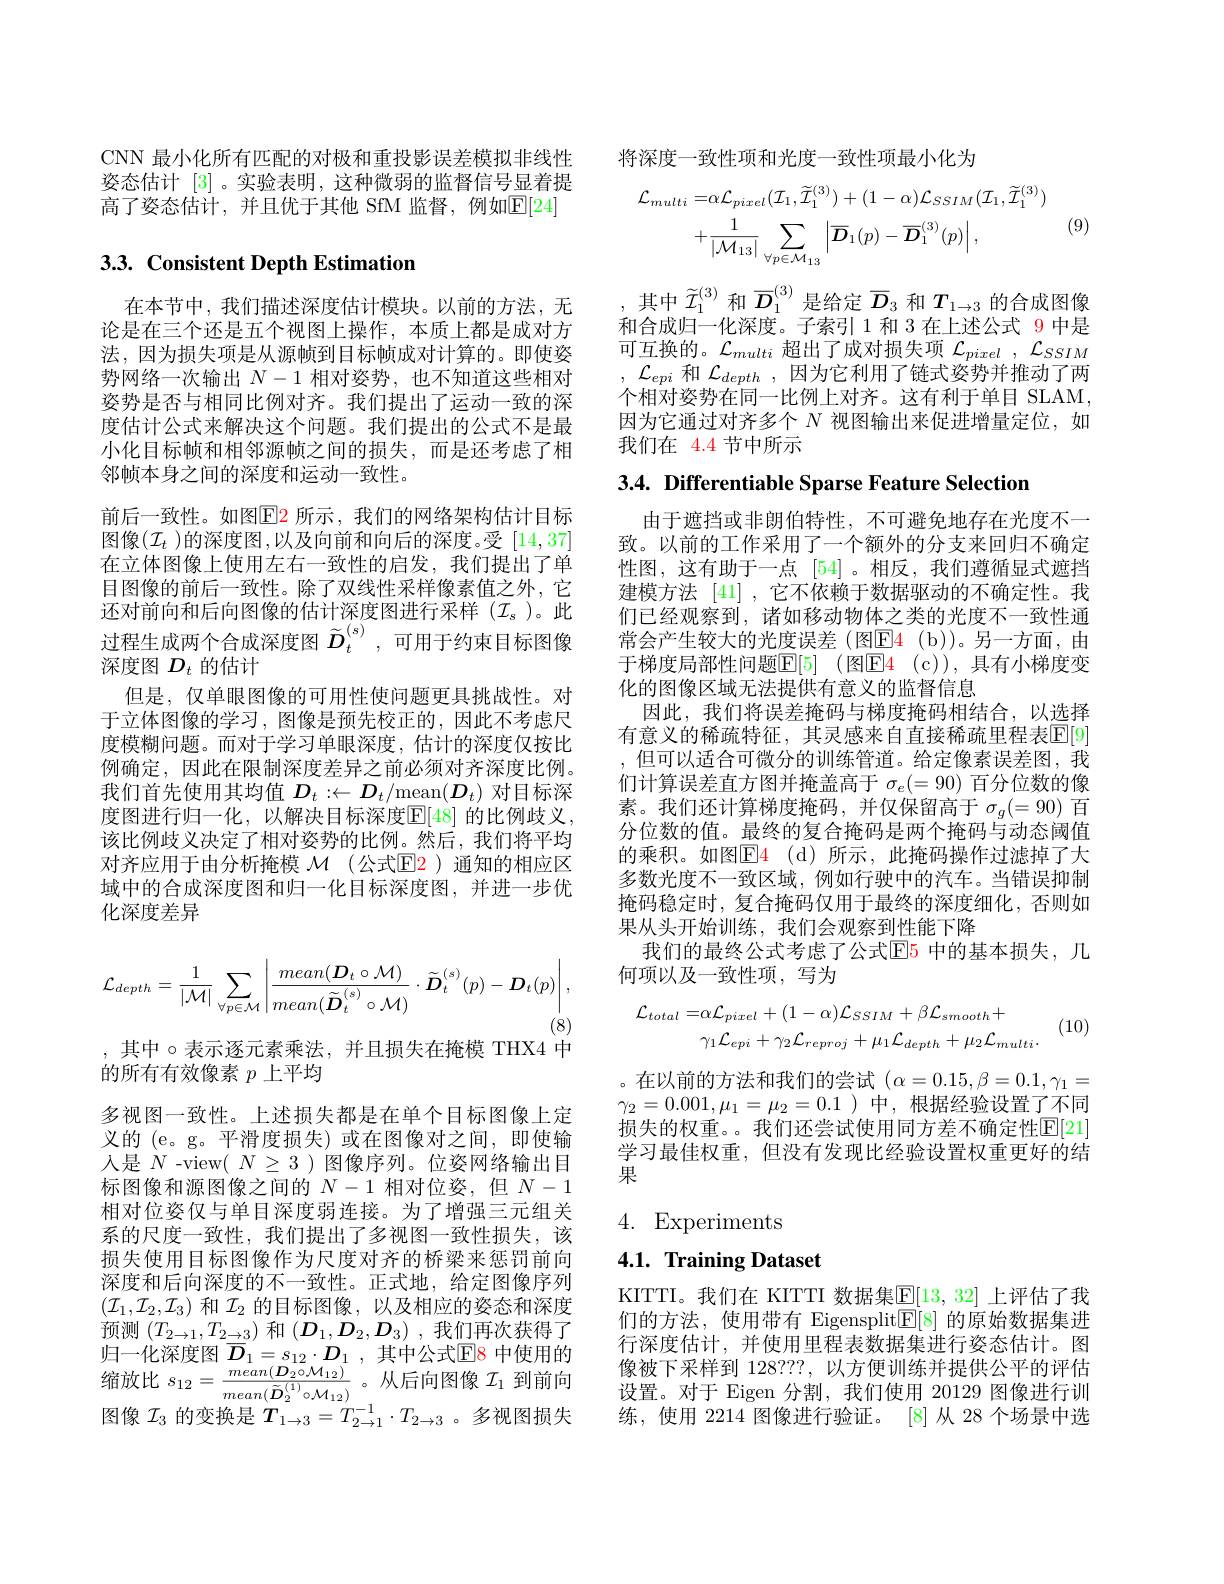
CNN 最小化所有匹配的对极和重投影误差模拟非线性姿态估计[3] 。实验表明，这种微弱的监督信号显着提高了姿态估计，并且优于其他 SfM 监督，例如$\mathbb{E}[24]$

## 3.3. Consistent Depth Estimation

在本节中，我们描述深度估计模块。以前的方法，无论是在三个还是五个视图上操作，本质上都是成对方法，因为损失项是从源帧到目标帧成对计算的。即使姿势网络一次输出$N-1$相对姿势，也不知道这些相对姿势是否与相同比例对齐。我们提出了运动一致的深度估计公式来解决这个问题。我们提出的公式不是最小化目标帧和相邻源帧之间的损失，而是还考虑了相邻帧本身之间的深度和运动一致性。
前后一致性。如图$\color{red}{\mathrm{E2}}$ 所示，我们的网络架构估计目标图像$(\mathcal{I}_t$ )的深度图 ,以及向前和向后的深度。受 [14,37] 在立体图像上使用左右一致性的启发，我们提出了单目图像的前后一致性。除了双线性采样像素值之外，它还对前向和后向图像的估计深度图进行采样($\mathcal{I}_s$)。此过程生成两个合成深度图$\tilde{D}_t^{(s)}$,可用于约束目标图像深度图$D_t$的估计
但是，仅单眼图像的可用性使问题更具挑战性。对于立体图像的学习，图像是预先校正的，因此不考虑尺度模糊问题。而对于学习单眼深度，估计的深度仅按比例确定，因此在限制深度差异之前必须对齐深度比例。我们首先使用其均值$D_t:\leftarrow D_t/$mean$(D_t)$对目标深度图进行归一化，以解决目标深度$\mathbb{E}[48]$ 的比例歧义， 该比例歧义决定了相对姿势的比例。然后，我们将平均对齐应用于由分析掩模 $\mathcal{M}$ (公式$\mathbb{E}\color{red}{2}$ )通知的相应区域中的合成深度图和归一化目标深度图，并进一步优化深度差异
$$\mathcal{L}_{depth}=\frac{1}{|\mathcal{M}|}\sum_{\forall p\in\mathcal{M}}\left|\frac{mean(\boldsymbol{D}_{t}\circ\mathcal{M})}{mean(\tilde{\boldsymbol{D}}_{t}^{(s)}\circ\mathcal{M})}\cdot\widetilde{\boldsymbol{D}}_{t}^{(s)}(p)-\boldsymbol{D}_{t}(p)\right|,$$
(8)

, 其中$\circ$表示逐元素乘法，并且损失在掩模 THX4 中
的所有有效像素$p$上平均
多视图一致性。上述损失都是在单个目标图像上定义的 (e。g。平滑度损失)或在图像对之间，即使输人是$N$ -view( $N\geq3$ )图像序列。位姿网络输出目标图像和源图像之间的$N-1$相对位姿，但$N-1$ 相对位姿仅与单目深度弱连接。为了增强三元组关系的尺度一致性，我们提出了多视图一致性损失，该损失使用目标图像作为尺度对齐的桥梁来惩罚前向深度和后向深度的不一致性。正式地，给定图像序列$(\mathcal{I}_{1},\mathcal{I}_{2},\mathcal{I}_{3})$和$\mathcal{I}_{2}$的目标图像，以及相应的姿态和深度预测$(T_{2\to1},T_{2\to3})$和$(D_1,D_2,D_3)$ ,我们再次获得了归一化深度图 $\overline{D}_1=s_{12}\cdot D_1$, 其中公式$\mathbb{E}$8 中使用的${\text{缩放比 }s_{12}}=\frac{mean(\boldsymbol{D}_{2}\circ\mathcal{M}_{12})}{mean(\tilde{\boldsymbol{D}}_{2}^{(1)}\circ\mathcal{M}_{12})}$。从后向图像$\mathcal{I}_1$到前向图像$\mathcal{I}_3$的变换是$T_{1\to3}=T_{2\to1}^{-1}\cdot T_{2\to3}$ 。多视图损失

将深度一致性项和光度一致性项最小化为
$$\begin{aligned}\mathcal{L}_{multi}=&\alpha\mathcal{L}_{pixel}(\mathcal{I}_{1},\widetilde{\mathcal{I}}_{1}^{(3)})+(1-\alpha)\mathcal{L}_{SSIM}(\mathcal{I}_{1},\widetilde{\mathcal{I}}_{1}^{(3)})\\&+\frac{1}{|\mathcal{M}_{13}|}\sum_{\forall p\in\mathcal{M}_{13}}\left|\overline{\boldsymbol{D}}_{1}(p)-\overline{\boldsymbol{D}}_{1}^{(3)}(p)\right|,\end{aligned}$$
(9)

,其中$\widetilde{\mathcal{I}}_1^{(3)}$ 和$\overline{D}_1^{(3)}$是给定$\overline{D}_3$ 和 $T_1\to3$ 的合成图像和合成归一化深度。子索引 1 和 3 在上述公式 9 中是可互换的。$\mathcal{L}_multi$超出了成对损失项$\mathcal{L}_pixel,\mathcal{L}_{SSIM}$ , $\mathcal{L} _{epi}$ 和 $\mathcal{L} _depth$ , 因为它利用了链式姿势并推动了两个相对姿势在同一比例上对齐。这有利于单目 SLAM, 因为它通过对齐多个$N$视图输出来促进增量定位，如我们在 4.4 节中所示

3.4. Differentiable Sparse Feature Selection

由于遮挡或非朗伯特性，不可避免地存在光度不一致。以前的工作采用了一个额外的分支来回归不确定性图，这有助于一点[54]。相反，我们遵循显式遮挡建模方法 [41] ,它不依赖于数据驱动的不确定性。我们已经观察到，诸如移动物体之类的光度不一致性通常会产生较大的光度误差(图E$4( b) )$。另一方面，由于梯度局部性问题$\boxed{\mathrm{E} [ 5] }$ (图$\boxed{\mathrm{F} 4}$ (c)), 具有小梯度变化的图像区域无法提供有意义的监督信息
因此，我们将误差掩码与梯度掩码相结合，以选择有意义的稀疏特征，其灵感来自直接稀疏里程表$\overline{\mathbb{E}}[9]$ ,但可以适合可微分的训练管道。给定像素误差图，我们计算误差直方图并掩盖高于$\sigma_e(=90)$百分位数的像素。我们还计算梯度掩码，并仅保留高于$\sigma_g(=90)$百分位数的值。最终的复合掩码是两个掩码与动态阈值的乘积。如图E$4( d)$所示，此掩码操作过滤掉了大多数光度不一致区域，例如行驶中的汽车。当错误抑制掩码稳定时，复合掩码仅用于最终的深度细化，否则如果从头开始训练，我们会观察到性能下降
我们的最终公式考虑了公式$\mathbb{E}$5 中的基本损失，几
何项以及一致性项，写为
$$\mathcal{L}_{total}=\alpha\mathcal{L}_{pixel}+(1-\alpha)\mathcal{L}_{SSIM}+\beta\mathcal{L}_{smooth}+\\\gamma_{1}\mathcal{L}_{epi}+\gamma_{2}\mathcal{L}_{reproj}+\mu_{1}\mathcal{L}_{depth}+\mu_{2}\mathcal{L}_{multi}.$$
(10)

。在以前的方法和我们的尝试$(\alpha=0.15,\beta=0.1,\gamma_1=$ $\gamma_2=0.001,\mu_1=\mu_2=0.1$)中，根据经验设置了不同损失的权重。。我们还尝试使用同方差不确定性$\mathbb{E}[21]$ 学习最佳权重，但没有发现比经验设置权重更好的结果

4. Experiments

## 4.1. Training Dataset

KITTI。我们在 KITTI 数据集$\overline{\mathbb{E}}[13,32]$ 上评估了我们的方法，使用带有 Eigensplit$\underline{\mathrm{E}}[8]$的原始数据集进行深度估计，并使用里程表数据集进行姿态估计。图像被下采样到 128??, 以方便训练并提供公平的评估设置。对于 Eigen 分割，我们使用 20129 图像进行训练，使用 2214 图像进行验证。[8]从 28 个场景中选